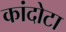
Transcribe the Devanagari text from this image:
कांदोटा